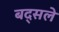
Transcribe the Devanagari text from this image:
बद्सले